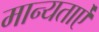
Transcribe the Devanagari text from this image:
मान्यताऐं